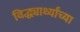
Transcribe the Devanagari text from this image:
विद्ध्यार्थ्यांच्या